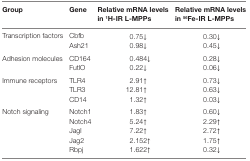
| Group | Gene | Relative mRNA levels in 1H-IR L-MPPs | Relative mRNA levels in 56Fe-IR L-MPPs |
 | --- | --- | --- | --- |
 | Transcription factors | Cbfb | 0.75↓ | 0.30↓ |
 |  | Ash21 | 0.98↓ | 0.45↓ |
 | Adhesion molecules | CD164 | 0.484↓ | 0.28↓ |
 |  | FutlO | 0.22↓ | 0.06↓ |
 | Immune receptors | TLR4 | 2.91↑ | 0.73↓ |
 |  | TLR3 | 12.81↑ | 0.63↓ |
 |  | CD14 | 1.32↑ | 0.03↓ |
 | Notch signaling | Notch1 | 1.83↑ | 0.60↓ |
 |  | Notch4 | 5.24↑ | 2.29↑ |
 |  | Jagl | 7.22↑ | 2.72↑ |
 |  | Jag2 | 2.152↑ | 1.75↑ |
 |  | Rbpj | 1.622↑ | 0.32↓ |